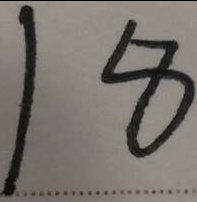
1 8